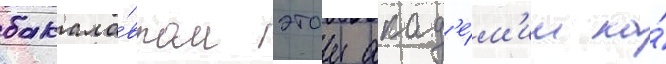
бакала́вром этои акад'е́м'ии на́